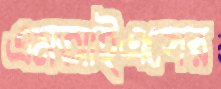
এমআইএসের